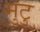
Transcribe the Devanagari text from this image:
मुटु